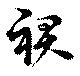
裾